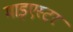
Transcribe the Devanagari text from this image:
माइएस्टर